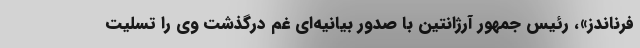
فرناندز»، رئیس جمهور آرژانتین با صدور بیانیه‌ای غم درگذشت وی را تسلیت